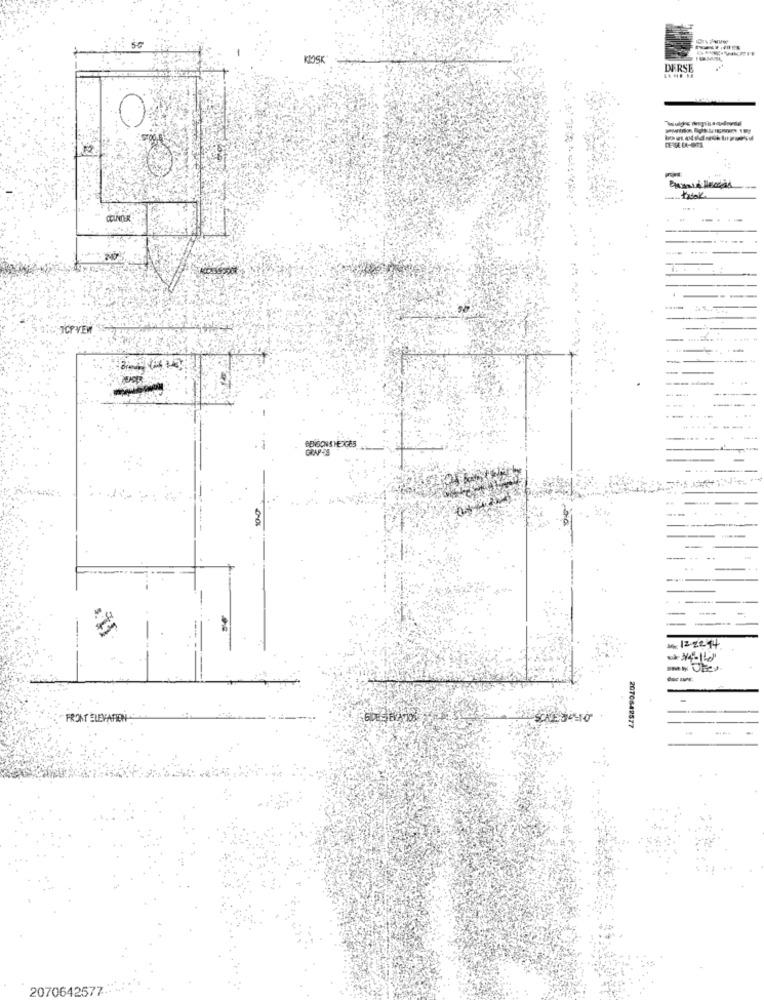
KIOSK
DERSE
DERSE FA-OS
--
TCPVEM
.-...
-......
----
-
--
-
----
FRONT ELEVATIEN
SCRE SOSIO
2070642577
2070642577-